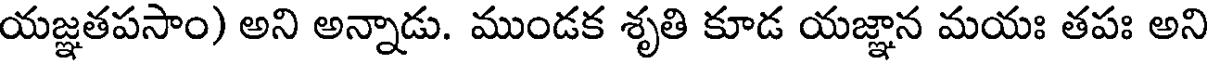
యజ్ఞతపసాం) అని అన్నాడు. ముండక శృతి కూడ యజ్ఞాన మయః తపః అని